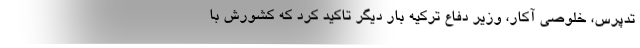
تدپرس، خلوصی آکار، وزیر دفاع ترکیه بار دیگر تاکید کرد که کشورش با